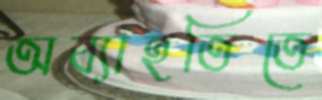
অব্যাহতিতে